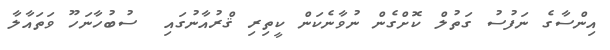
އިންސާގެ ނަފުސު ގަތުލް ކޮށްގެން ނުވާނެކަން ކީތިރި ޤްރުއާނުގައި  ސުބުހާނަހޫ ވަތައާލާ